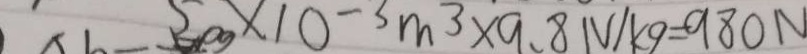
5 \times 1 0 ^ { - 3 } m ^ { 3 } \times 9 . 8 N / k g = 9 8 0 N